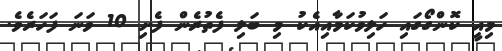
މިއީ ކޮންގޯގައި ހަލިވުކަމާއިއެކު މި ބަލި ފެތުރެން ފެށި 10 ވަނަ ފަހަރެވެ.